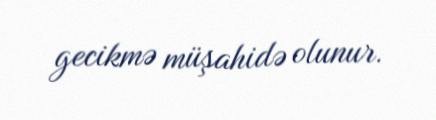
gecikmə müşahidə olunur.